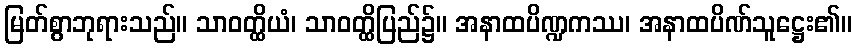
မြတ်စွာဘုရားသည်။ သာဝတ္ထိယံ၊ သာဝတ္ထိပြည်၌။ အနာထပိဏ္ဍကဿ၊ အနာထပိဏ်သူဋ္ဌေး၏။